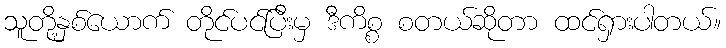
သူတို့နှစ်ယောက် တိုင်ပင်ပြီးမှ ဒီကိစ္စ စတယ်ဆိုတာ ထင်ရှားပါတယ်။